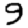
Digit: 9